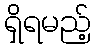
ရှိရမည့်